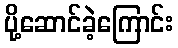
ပို့ဆောင်ခဲ့ကြောင်း